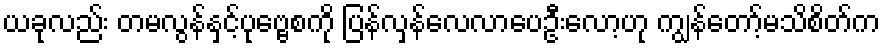
ယခုလည်း တမလွန်နှင့်ပုဗ္ဗေစကို ပြန်လှန်လေလာပေဦးလော့ဟု ကျွန်တော့်မသိစိတ်က